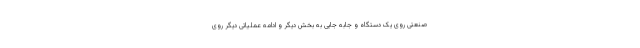
صنعتی روی یک دستگاه و جابه جایی به بخش دیگر و ادامه عملیاتی دیگر روی